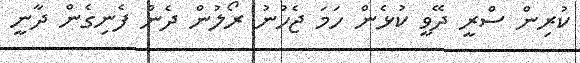
ކުރިން ސްރީ ދޭވީ ކުޅެން ހަމަ ޖެހުނު ރޯލުން ދެން ފެނިގެން ދާނީ